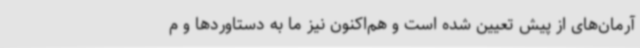
آرمان‌های از پیش تعیین شده است و هم‌اکنون نیز ما به دستاوردها و م